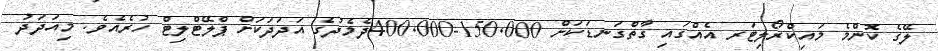
ލޭގެ ކޮންމެ މައިކްރޯލިޓަރ އެއްގައި ގާތްގަނޑަކަށް 150